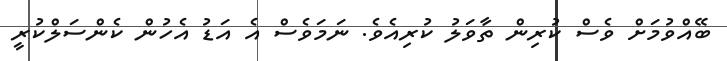
ބޭއްވުމަށް ވެސް ކުރިން ތާވަލު ކުރިއެވެ. ނަމަވެސް އެ އަޑު އެހުން ކެންސަލްކުރީ